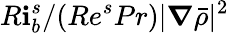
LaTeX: R\mathbf{i}_{b}^{s}/(Re^{s}Pr)|\boldsymbol{\nabla}\bar{{\rho}}|^{2}